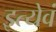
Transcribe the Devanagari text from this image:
इत्येवं